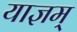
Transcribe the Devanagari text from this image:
याज्ञम्